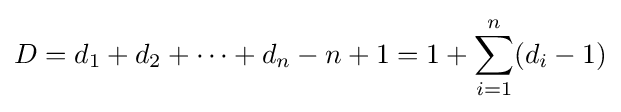
D=d_{1}+d_{2}+\cdots +d_{n}-n+1=1+\sum _{i=1}^{n}(d_{i}-1)